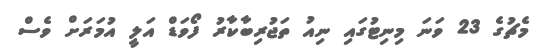
މެޗުގެ 23 ވަނަ މިނިޓުގައި ނިއު ތަޖުރިބާކާރު ފޯވަޑް އަލީ އުމަރަށް ވެސް